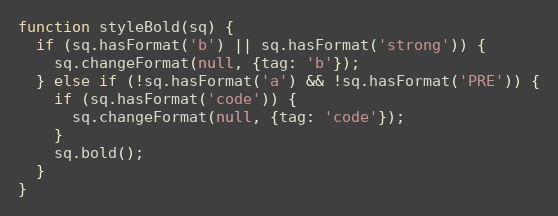
Language: JavaScript
function styleBold(sq) {
  if (sq.hasFormat('b') || sq.hasFormat('strong')) {
    sq.changeFormat(null, {tag: 'b'});
  } else if (!sq.hasFormat('a') && !sq.hasFormat('PRE')) {
    if (sq.hasFormat('code')) {
      sq.changeFormat(null, {tag: 'code'});
    }
    sq.bold();
  }
}